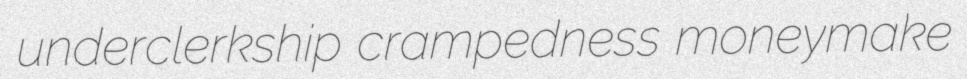
underclerkship crampedness moneymake